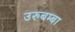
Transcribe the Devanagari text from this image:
उरुबम्बा